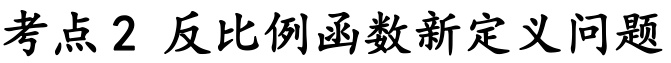
考点2 反比例函数新定义问题